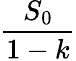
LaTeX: \frac{S_{0}}{1-k}